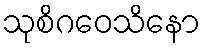
သုစိဂဝေသိနော